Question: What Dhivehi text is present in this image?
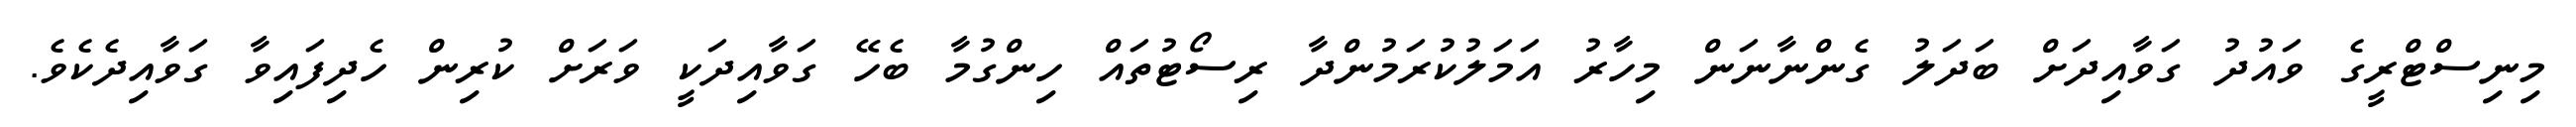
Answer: މިނިސްޓްރީގެ ވައުދު ގަވާއިދަށް ބަދަލު ގެންނާނަން މިހާރު އަމަލުކުރަމުންދާ ރިސޯޓުތައް ހިންގުމާ ބެހޭ ގަވާއިދަކީ ވަރަށް ކުރިން ހެދިފައިވާ ގަވާއިދެކެވެ.